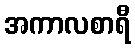
အကာလစာရီ